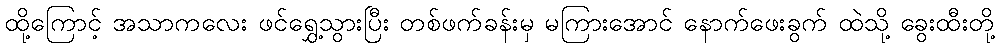
ထို့ကြောင့် အသာကလေး ဖင်ရွှေ့သွားပြီး တစ်ဖက်ခန်းမှ မကြားအောင် နောက်ဖေးခွက် ထဲသို့ ခွေးထီးတို့